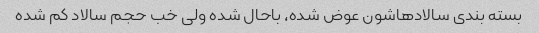
بسته بندی سالادهاشون عوض شده، باحال شده ولی خب حجم سالاد کم شده